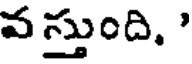
వస్తుంది. '